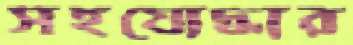
সহযোদ্ধার